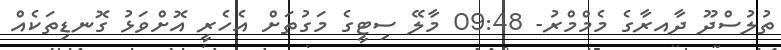
ތުލުސްދޫ ދާއރާގެ މެމްމްރު- 09:48 މާލޭ ސިޓީގެ މަގުތަށް އެހެރީ އޮށްވަޅު ގޮނޑިތަކެއް